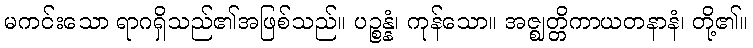
မကင်းသော ရာဂရှိသည်၏အဖြစ်သည်။ ပဉ္စန္နံ၊ ကုန်သော။ အဇ္ဈတ္တိကာယတနာနံ၊ တို့၏။